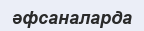
әфсаналарда